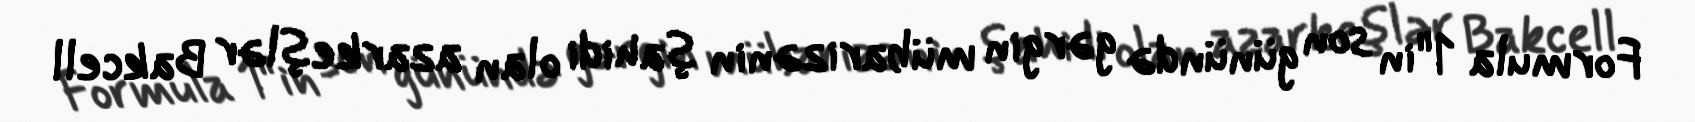
Formula 1"in son günündə gərgin mübarizənin şahidi olan azarkeşlər Bakcell